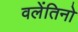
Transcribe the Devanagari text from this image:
वलेंतिनो